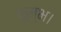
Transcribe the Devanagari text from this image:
कुम्भ।